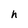
Character: h